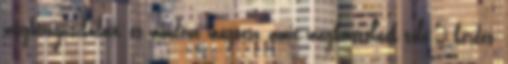
meghunyászkodott, és mindent megtesz, amit megkövetelnek tőle 5 kérdés,